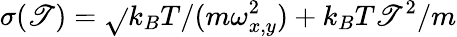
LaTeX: \sigma(\mathscr{T})=\sqrt{}{{k_{B}T/(m\omega_{x,y}^{2})+k_{B}T\mathscr{T}^{2}/m}}